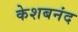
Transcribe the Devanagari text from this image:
केशबनंद